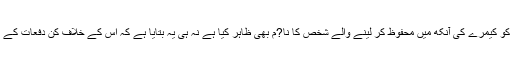
اسرائیلی وزارت قانون نے تشدد کو کیمرے کی آنکھ میں محفوظ کر لینے والے شخص کا نا?م بھی ظاہر کیا ہے نہ ہی یہ بتایا ہے کہ اس کے خلاف کن دفعات کے تحت کارروائی کی جا رہی ہے۔